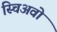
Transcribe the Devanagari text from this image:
स्चिअवो